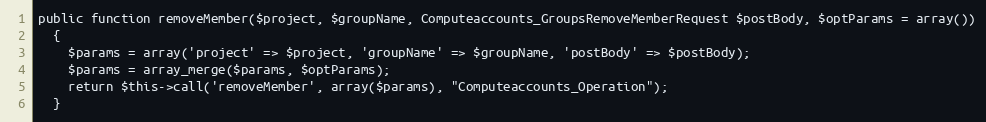
Language: PHP
public function removeMember($project, $groupName, Computeaccounts_GroupsRemoveMemberRequest $postBody, $optParams = array())
  {
    $params = array('project' => $project, 'groupName' => $groupName, 'postBody' => $postBody);
    $params = array_merge($params, $optParams);
    return $this->call('removeMember', array($params), "Computeaccounts_Operation");
  }